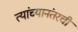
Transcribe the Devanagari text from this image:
त्यांच्यानंतरची